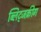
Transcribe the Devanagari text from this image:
ब्लिट्जक्रीग